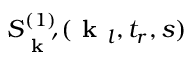
S _ { \textbf { k } ^ { \prime } } ^ { ( 1 ) } ( \textbf { k } _ { l } , t _ { r } , s )